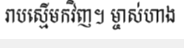
រាបស្មើមកវិញ។ ម្ចាស់ហាង